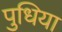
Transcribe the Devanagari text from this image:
पुधिया